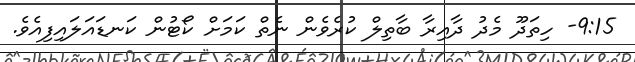
9:15- ހިތަދޫ މެދު ދާއިރާ ބާތިލް ކުރެވެން ނެތް ކަމަށް ކޯޓުން ކަނޑައަލައިފިއެވެ.